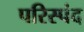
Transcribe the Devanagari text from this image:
परिस्पंद